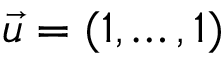
{ \vec { u } } = ( 1 , \ldots , 1 )